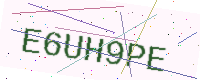
Text: E6UH9PE